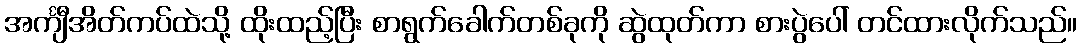
အင်္ကျီအိတ်ကပ်ထဲသို့ ထိုးထည့်ပြီး စာရွက်ခေါက်တစ်ခုကို ဆွဲထုတ်ကာ စားပွဲပေါ် တင်ထားလိုက်သည်။